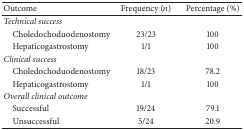
| Outcome | Frequency (n) | Percentage (%) |
 | --- | --- | --- |
 | Technical success |  |  |
 | Choledochoduodenostomy | 23/23 | 100 |
 | Hepaticogastrostomy | 1/1 | 100 |
 | Clinical success |  |  |
 | Choledochoduodenostomy | 18/23 | 78.2 |
 | Hepaticogastrostomy | 1/1 | 100 |
 | Overall clinical outcome |  |  |
 | Successful | 19/24 | 79.1 |
 | Unsuccessful | 5/24 | 20.9 |